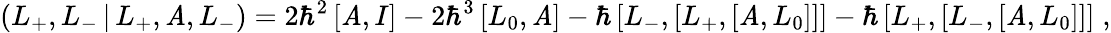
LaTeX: \left(L_{+},L_{-}\, |\, L_{+},\mathit{A},L_{-}\right)=2\hbar^{2}\left[\mathit{A},I\right]-2\hbar^{3}\left[L_{0},\mathit{A}\right]-\hbar\left[L_{-},\left[L_{+},\left[\mathit{A},L_{0}\right]\right]\right]-\hbar\left[L_{+},\left[L_{-},\left[\mathit{A},L_{0}\right]\right]\right]\; ,